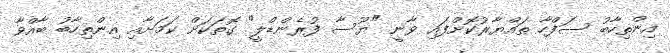
އިންތިހާބު ސަފްހާ ތައްޔާރުކޮށްފައި ވާނީ "ޔޫސާ ފުރެންޑްލީ" ގޮތަކަށް ކަމަށާއި އިންތިހާބު ބާއްވާ